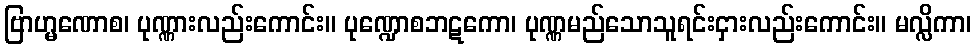
ဗြာဟ္မဏောစ၊ ပုဏ္ဏားလည်းကောင်း။ ပုဏ္ဍောစဘဋကော၊ ပုဏ္ဏမည်သောသူရင်းငှားလည်းကောင်း။ မလ္လိကာ၊